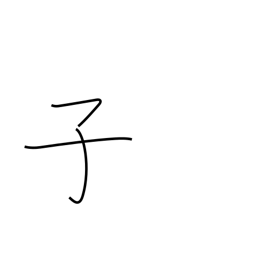
Meaning: 11PM-1AM